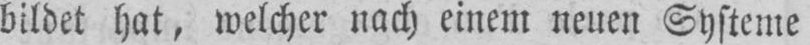
bildet hat, welcher nach einem neuen Systeme